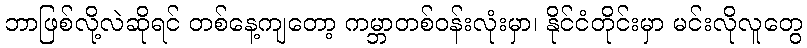
ဘာဖြစ်လို့လဲဆိုရင် တစ်နေ့ကျတော့ ကမ္ဘာတစ်ဝန်းလုံးမှာ၊ နိုင်ငံတိုင်းမှာ မင်းလိုလူတွေ